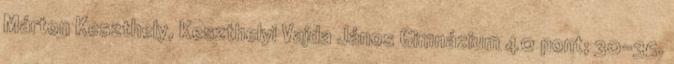
Márton Keszthely, Keszthelyi Vajda János Gimnázium 40 pont; 30–35.